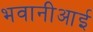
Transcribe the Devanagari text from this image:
भवानीआई